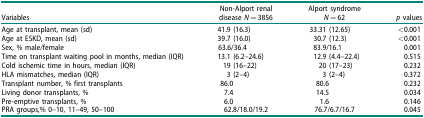
<table><thead><tr><td><b>Variables</b></td><td><b>Non-Alport renal disease <i>N</i> = 3856</b></td><td><b>Alport syndrome <i>N</i> = 62</b></td><td><b><i>p</i> values</b></td></tr></thead><tbody><tr><td>Age at transplant, mean (sd)</td><td>41.9 (16.3)</td><td>33.31 (12.65)</td><td>&lt;0.001</td></tr><tr><td>Age at ESKD, mean (sd)</td><td>39.7 (16.0)</td><td>30.7 (12.3)</td><td>&lt;0.001</td></tr><tr><td>Sex, % male/female</td><td>63.6/36.4</td><td>83.9/16.1</td><td>0.001</td></tr><tr><td>Time on transplant waiting pool in months, median (IQR)</td><td>13.1 (6.2–24.6)</td><td>12.9 (4.4–22.4)</td><td>0.515</td></tr><tr><td>Cold ischemic time in hours, median (IQR)</td><td>19 (16–22)</td><td>20 (17–23)</td><td>0.232</td></tr><tr><td>HLA mismatches, median (IQR)</td><td>3 (2–4)</td><td>3 (2–4)</td><td>0.372</td></tr><tr><td>Transplant number, % first transplants</td><td>86.0</td><td>80.6</td><td>0.232</td></tr><tr><td>Living donor transplants, %</td><td>7.4</td><td>14.5</td><td>0.034</td></tr><tr><td>Pre-emptive transplants, %</td><td>6.0</td><td>1.6</td><td>0.146</td></tr><tr><td>PRA groups,% 0–10, 11–49, 50–100</td><td>62.8/18.0/19.2</td><td>76.7/6.7/16.7</td><td>0.045</td></tr></tbody></table>